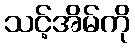
သင့်အိမ်ကို